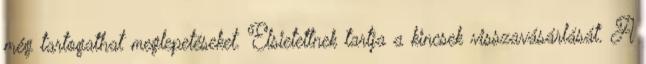
még tartogathat meglepetéseket. Elsietettnek tartja a kincsek visszavásárlását. A